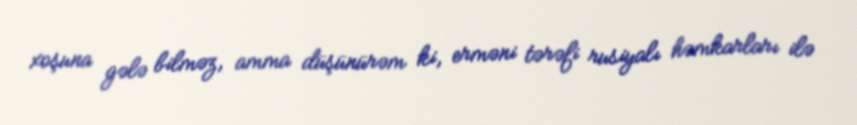
xoşuna gələ bilməz, amma düşünürəm ki, erməni tərəfi rusiyalı həmkarları ilə